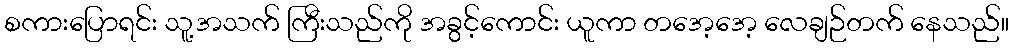
စကားပြောရင်း သူ့အသက် ကြီးသည်ကို အခွင့်ကောင်း ယူကာ တအေ့အေ့ လေချဉ်တက် နေသည်။